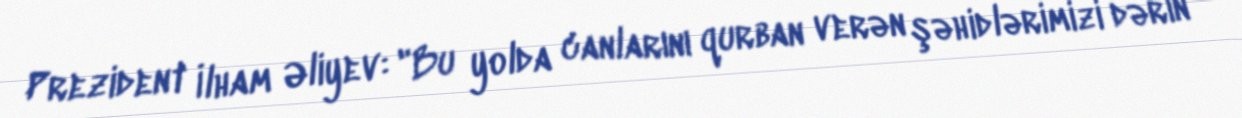
Prezident İlham Əliyev: "Bu yolda canlarını qurban verən şəhidlərimizi dərin